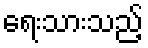
ရေးသားသည့်